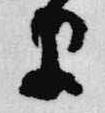
早